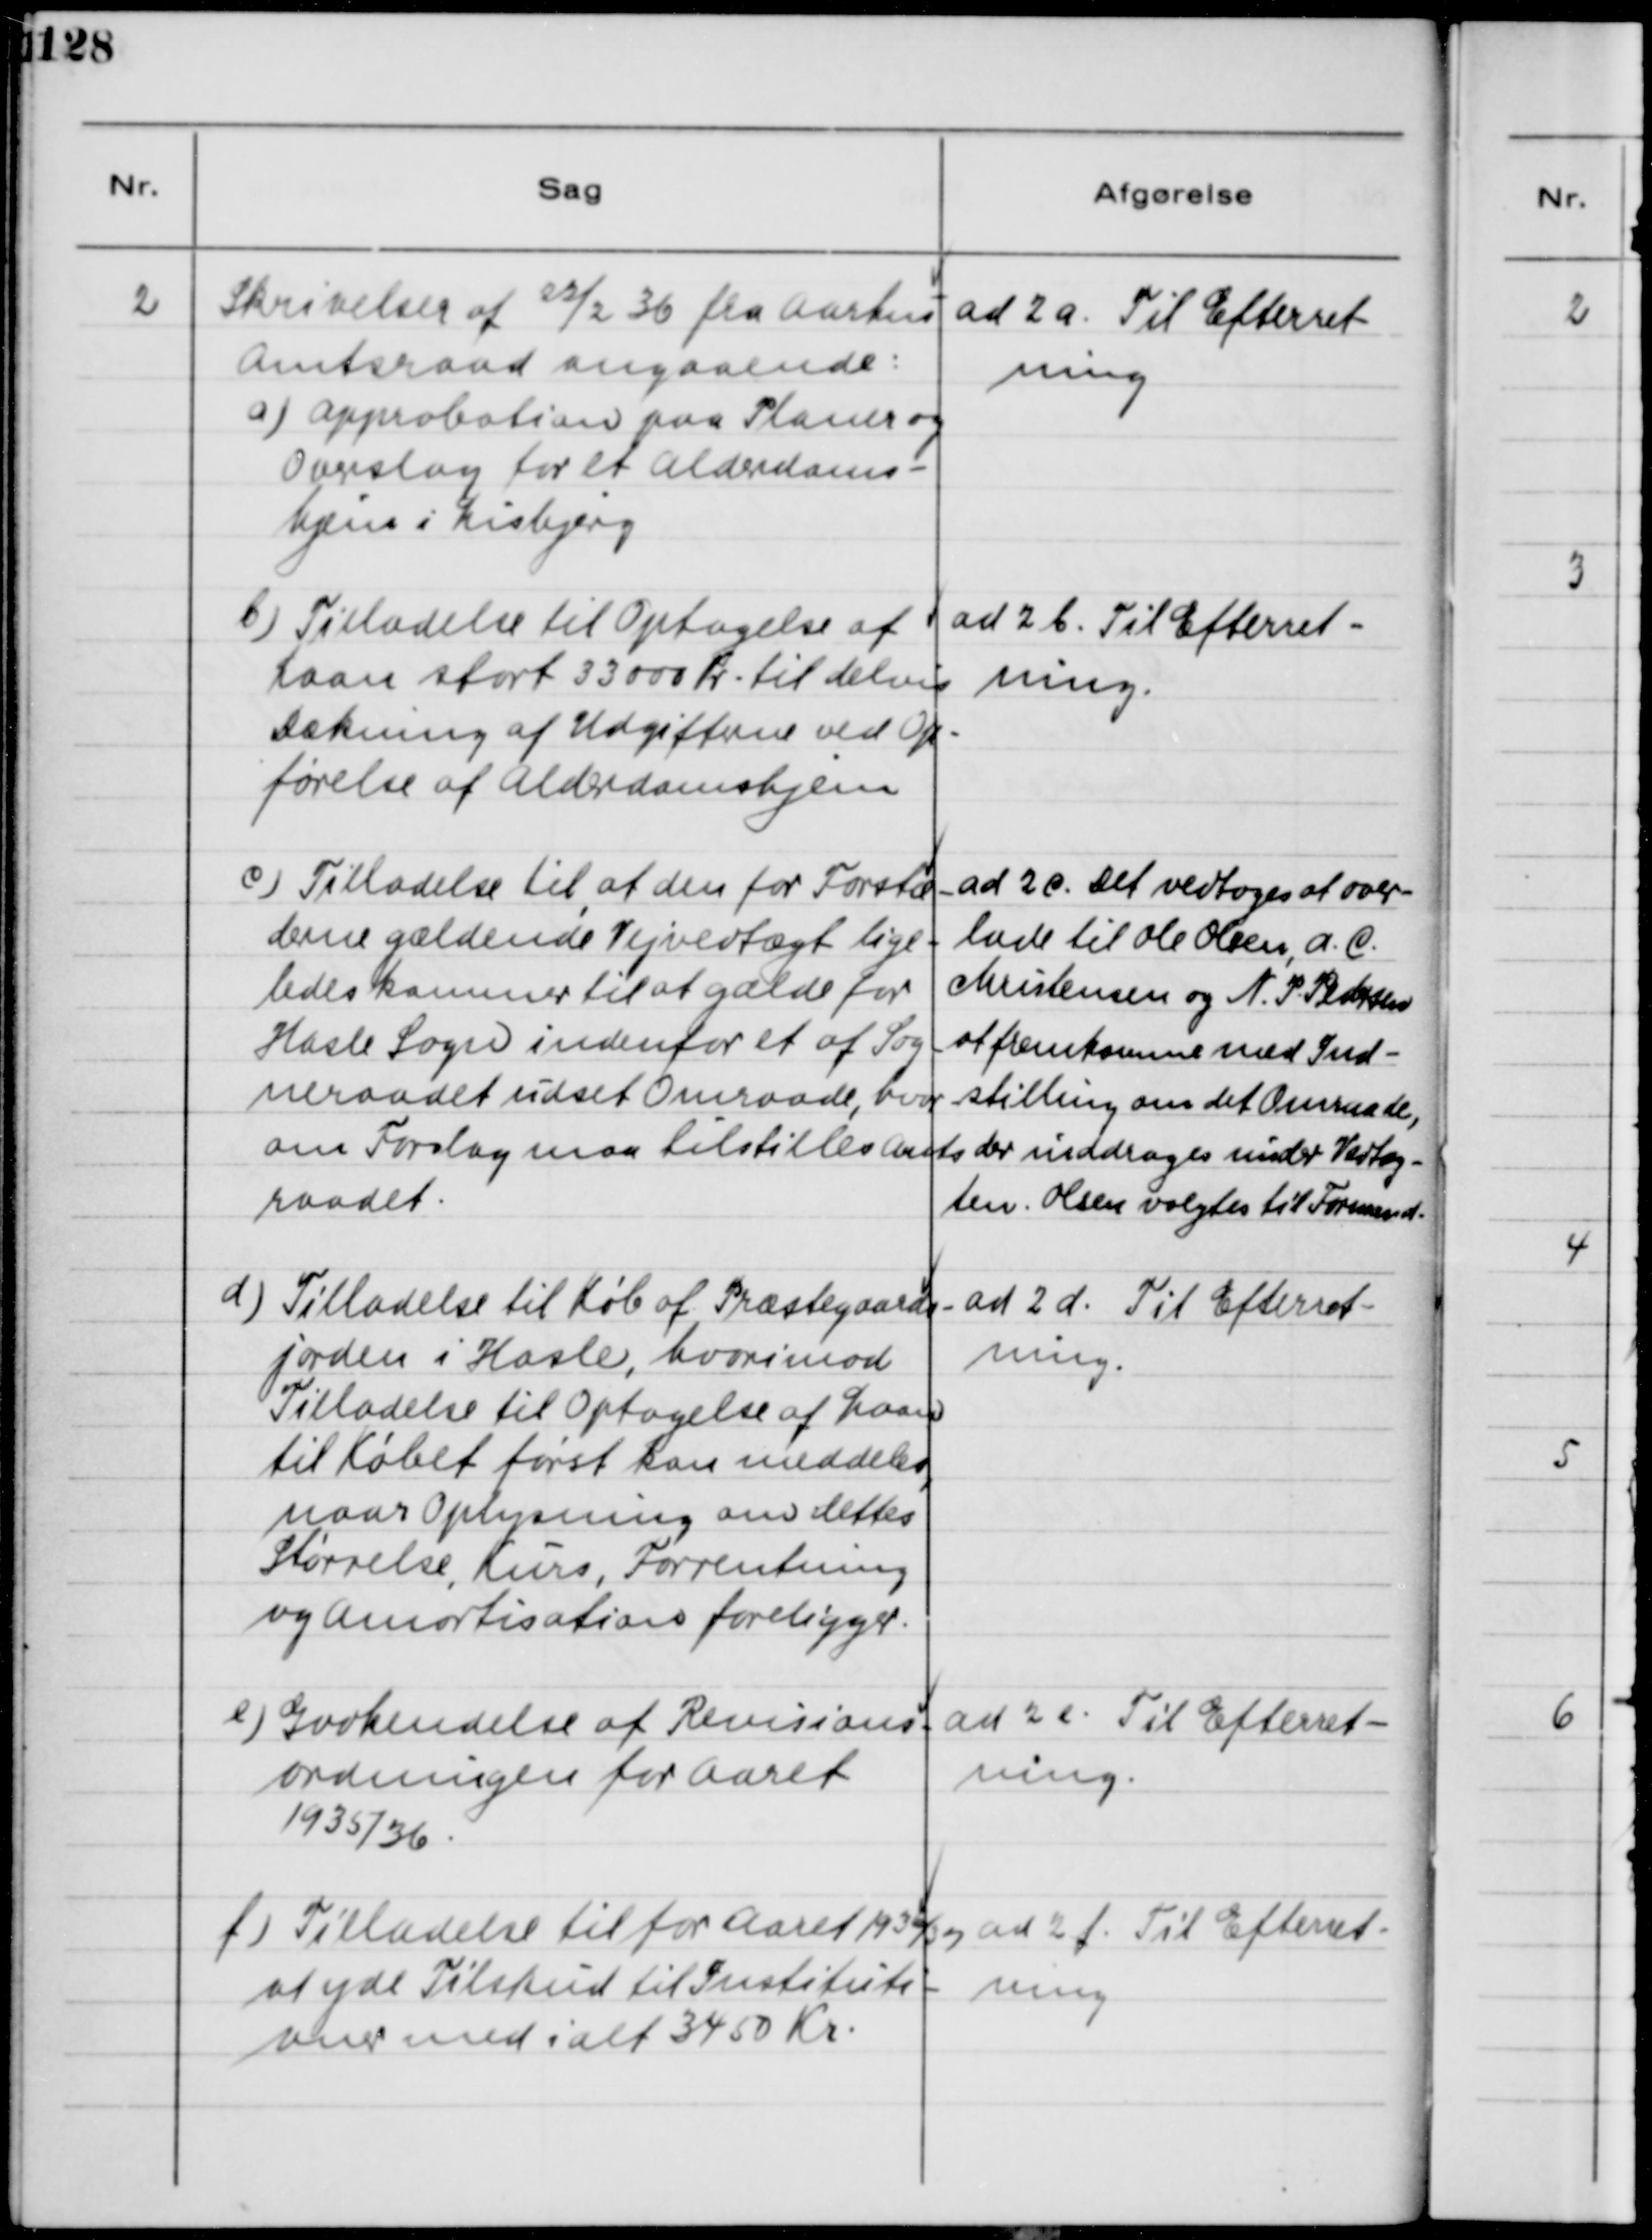
Transskription:
2
Skrivelser af 22/2 36 fra Aarhus
Amtsraad angaaende:
a) Approbation paa Planer og
Overslag for et Alderdoms-
hjem i Lisbjerg.
ad 2a. Til Efterret-
ning.
b) Tilladelse til Optagelse af
Laan stort 33000 Kr. til delvis
Dækning af Udgifterne ved Op-
førelse af Alderdomshjem
ad 2b. Til Efterret-
ning.
c) Tilladelse til af den for Forstæ-
derne gældende Vejvedtægt lige-
ledes kommer til at gælde for
Hasle Sogn indenfor et af Sog-
neraadet udset Omraade, hvor
om Forslag maa tilstilles Amts-
raadet.
ad 2c. Det vedtoges at over-
lade til Ole Olsen, A.C.
Christensen og N.P. Pedersen
at fremkomme med Ind-
stilling om det Omraade,
der inddrages under Vedtæg-
ten. Olsen valgtes til Formand.
d) Tilladelse til Køb af Præstegaards-
jorden i Hasle, hvorimod
Tilladelse til Optagelse af Laan
til Købet først kan meddeles,
naar Oplysning om dettes
Størrelse, Kurs, Forrentning
og Amortisation foreligger.
ad 2 d. Til Efterret-
ning.
e) Godkendelse af Revisions
ordningen for Aaret
1935/36.
ad 2 e. Til Efterret-
ning.
f) Tilladelse til for Aaret 1936/37
at yde Tilskud til Instituti-
oner med ialt 3450 Kr.
ad 2 f. Til Efterret-
ning.